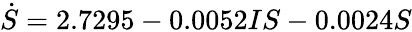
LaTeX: \dot{S}=2.7295-0.0052IS-0.0024S